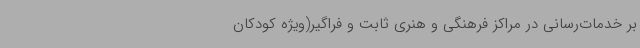
‌بر خدمات‌رسانی در مراکز فرهنگی و هنری ثابت و فراگیر(ویژه ‌کودکان